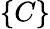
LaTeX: \{ C\}